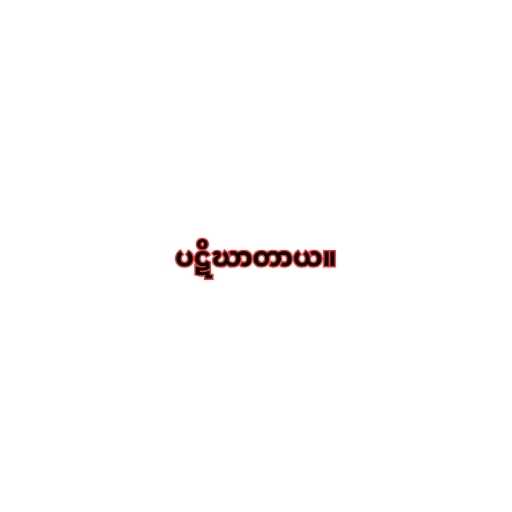
ပဋိဃာတာယ။